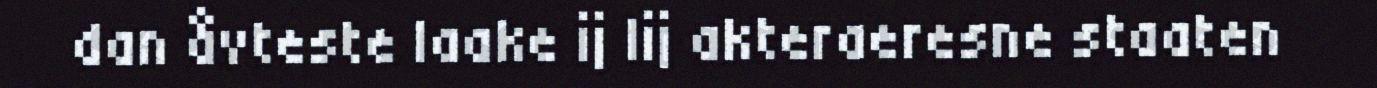
dan åvteste laake ij lij akteraeresne staaten